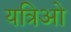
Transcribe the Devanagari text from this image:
यत्रिओ